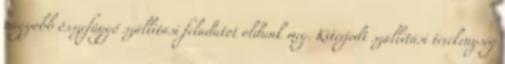
nagyobb összefüggő szállítási feladatot oldunk meg. Kiterjedt szállítási tevékenység